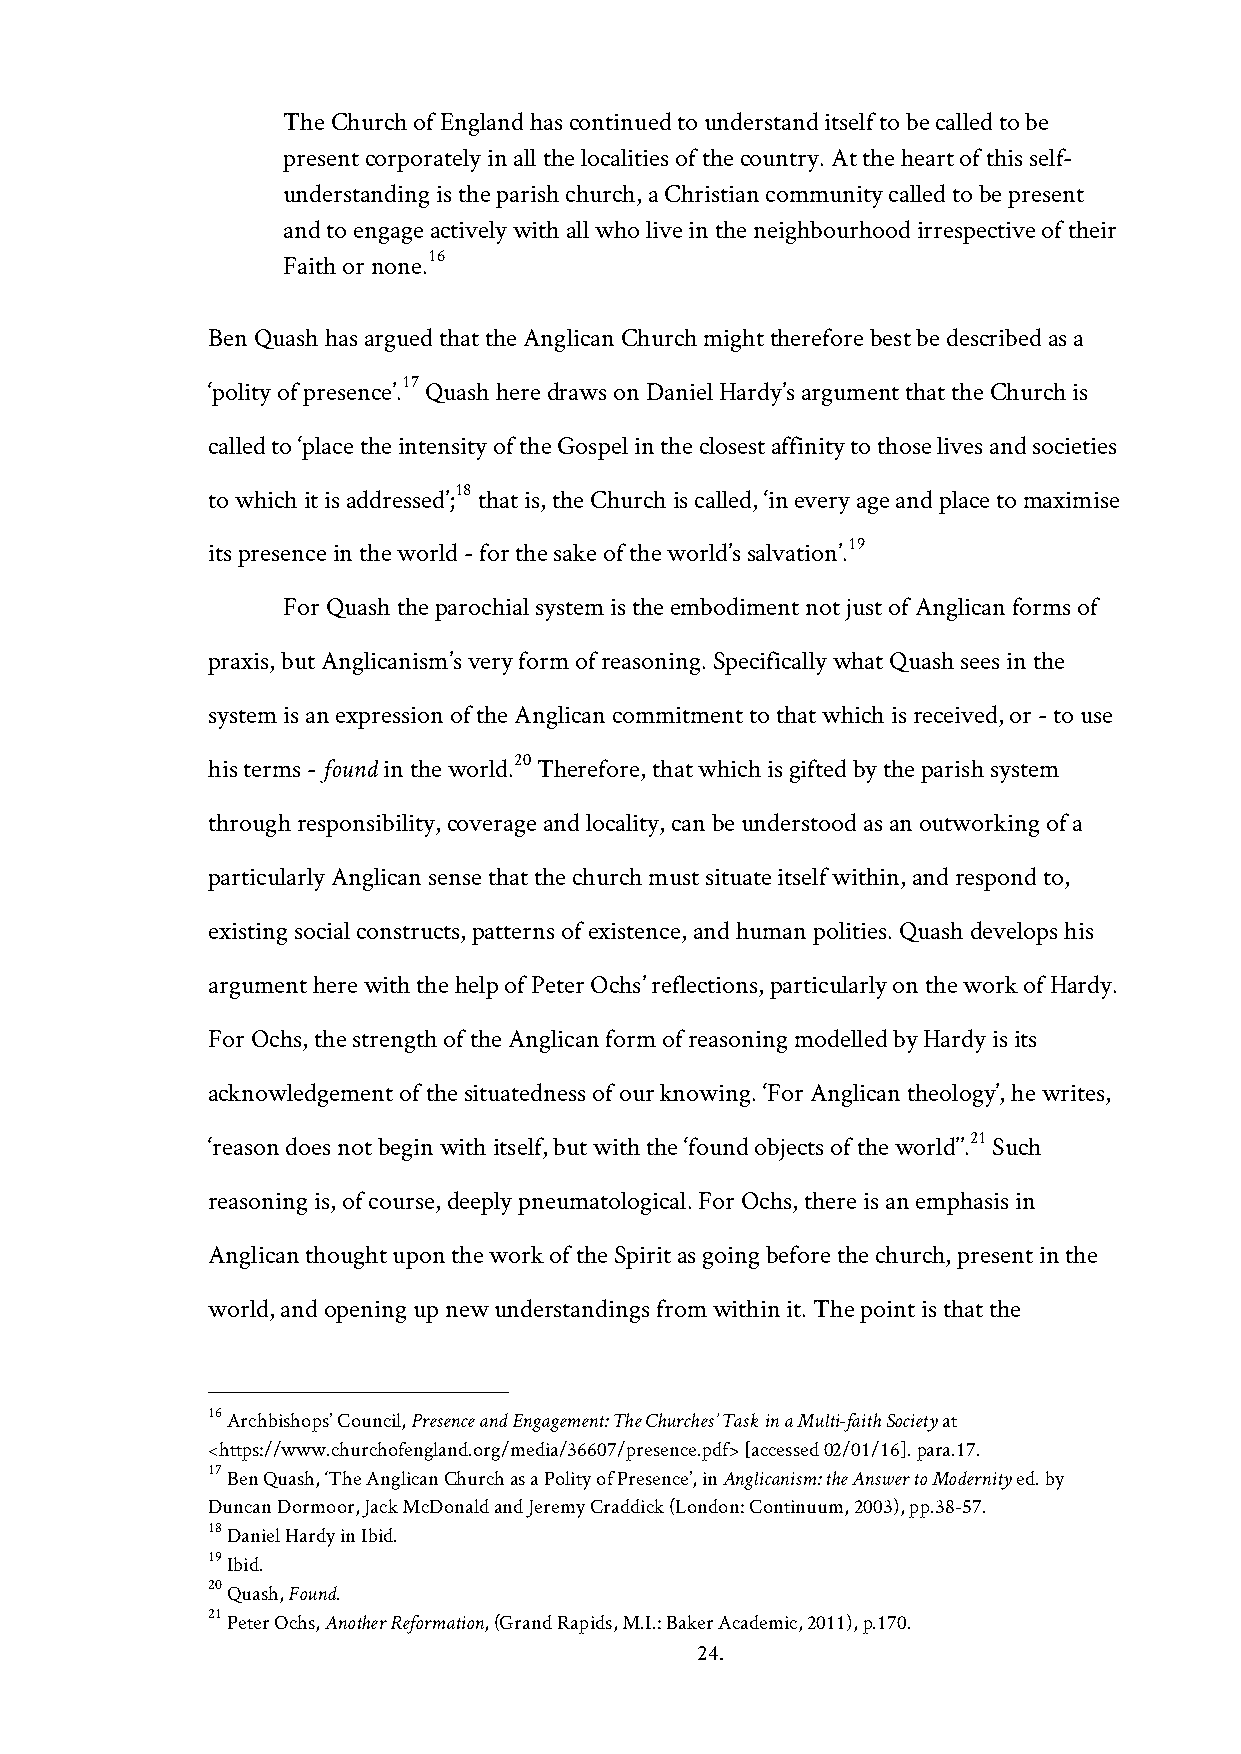
The Church of England has continued to understand itself to be called to be
 present corporately in all the localities of the country. At the heart of this self-
 understanding is the parish church, a Christian community called to be present
 and to engage actively with all who live in the neighbourhood irrespective of their
 16
 Faith or none.
 Ben Quash has argued that the Anglican Church might therefore best be described as a
 17
 ‘polity of presence’. Quash here draws on Daniel Hardy’s argument that the Church is
 called to ‘place the intensity of the Gospel in the closest affinity to those lives and societies
 18
 to which it is addressed’; that is, the Church is called, ‘in every age and place to maximise
 19
 its presence in the world - for the sake of the world’s salvation’.
 For Quash the parochial system is the embodiment not just of Anglican forms of
 praxis, but Anglicanism’s very form of reasoning. Specifically what Quash sees in the
 system is an expression of the Anglican commitment to that which is received, or - to use
 his terms - found in the world.20 Therefore, that which is gifted by the parish system
 through responsibility, coverage and locality, can be understood as an outworking of a
 particularly Anglican sense that the church must situate itself within, and respond to,
 existing social constructs, patterns of existence, and human polities. Quash develops his
 argument here with the help of Peter Ochs’ reflections, particularly on the work of Hardy.
 For Ochs, the strength of the Anglican form of reasoning modelled by Hardy is its
 acknowledgement of the situatedness of our knowing. ‘For Anglican theology’, he writes,
 21
 ‘reason does not begin with itself, but with the ‘found objects of the world’’. Such
 reasoning is, of course, deeply pneumatological. For Ochs, there is an emphasis in
 Anglican thought upon the work of the Spirit as going before the church, present in the
 world, and opening up new understandings from within it. The point is that the
 16 Archbishops’ Council, Presence and Engagement: The Churches’ Task in a Multi-faith Society at
 <https://www.churchofengland.org/media/36607/presence.pdf> [accessed 02/01/16]. para.17.
 17 Ben Quash, ‘The Anglican Church as a Polity of Presence’, in Anglicanism: the Answer to Modernity ed. by
 Duncan Dormoor, Jack McDonald and Jeremy Craddick (London: Continuum, 2003), pp.38-57.
 18 Daniel Hardy in Ibid.
 19 Ibid.
 20 Quash, Found.
 21 Peter Ochs, Another Reformation, (Grand Rapids, M.I.: Baker Academic, 2011), p.170.
 24.